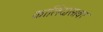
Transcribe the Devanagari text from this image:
कालिदासावर